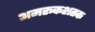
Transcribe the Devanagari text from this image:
अमरूकशतक